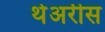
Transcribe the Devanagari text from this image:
थेअरीस